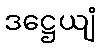
ဒဋ္ဌေယျံ